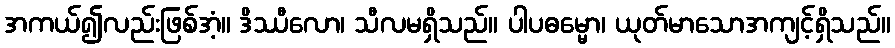
အကယ်၍လည်းဖြစ်အံ့။ ဒိဿီလော၊ သီလမရှိသည်။ ပါပဓမ္မော၊ ယုတ်မာသောအကျင့်ရှိသည်။